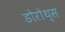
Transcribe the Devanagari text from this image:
डोरोथ्स